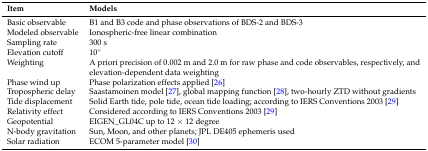
| Item | Models |
 | --- | --- |
 | Basic observable | B1 and B3 code and phase observations of BDS-2 and BDS-3 |
 | Modeled observable | Ionospheric-free linear combination |
 | Sampling rate | 300 s |
 | Elevation cutoff | 10° |
 | Weighting | A priori precision of 0.002 m and 2.0 m for raw phase and code observables, respectively, and elevation-dependent data weighting |
 | Phase wind up | Phase polarization effects applied [26] |
 | Tropospheric delay | Saastamoinen model [27], global mapping function [28], two-hourly ZTD without gradients |
 | Tide displacement | Solid Earth tide, pole tide, ocean tide loading; according to IERS Conventions 2003 [29] |
 | Relativity effect | Considered according to IERS Conventions 2003 [29] |
 | Geopotential | EIGEN_GL04C up to 12 × 12 degree |
 | N-body gravitation | Sun, Moon, and other planets; JPL DE405 ephemeris used |
 | Solar radiation | ECOM 5-parameter model [30] |